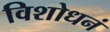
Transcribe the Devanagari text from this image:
विशोधनं